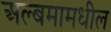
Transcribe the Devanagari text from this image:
अल्बमामधील